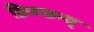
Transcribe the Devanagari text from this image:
क्रिश्छन्द्